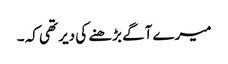
میرے آگے بڑھنے کی دیر تھی کہ ۔